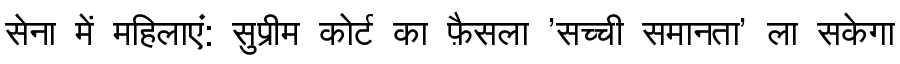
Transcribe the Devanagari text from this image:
सेना में महिलाएं: सुप्रीम कोर्ट का फ़ैसला 'सच्ची समानता' ला सकेगा